Vital statistics of India. Vol. IV, Annual returns from 1871 to 1876. British Army of India, Native Army and jails of Bengal
Year: 1871
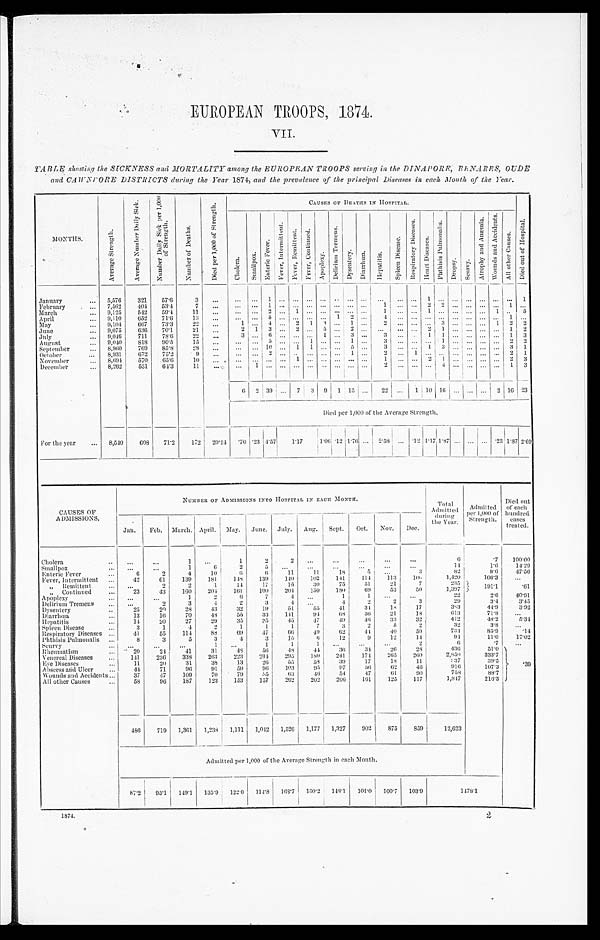
EUROPEAN TROOPS, 1874.
VII
TABLE showing the SICKNESS and MORTALITY among the EUROPEAN TROOPS serving in the DINAPORR, BENARES , OUDE
and CAWNPORE DISTRICTS during the Year 1874, and the prevalence of the principal Diseases in each, Month of the Year.
M O N T H S .
A v e r a g e S t r e n g t h .
A v e r a g e N u m b e r D a i l y S i c k .
N u m b e r D a i l y S i c k p e r 1 , 0 0 0 o f S t r e n g t h .
N u m b e r o f D e a t h s .
D i e d p e r 1 , 0 0 0 o f S t r e n g t h .
C A U S E S O F D E A T H S I N H O S P I T A L .
D i e d o u t o f H o s p i t a l .
C h o l e r a .
S m a l l p o x . E n t e r i c F e v e r .
F e v e r , I n t e r m i t t e n t .
F e v e r , R e m i t t e n t .
F e v e r , C o n t i n u e d .
A p o p l e x y .
D e l i r i u m T r e m e n s .
D y s e n t e r y .
D i a r r h œ a .
H e p a t i t i s .
S p l e e n D i s e a s e s .
R e s p i r a t o r y D i s e a s e s .
H e a r t D i s e a s e s .
P h t h i s i s P u l m o n a l i s .
Dropsy.
S c u r v y .
A t r o p h y a n d A n æ m i a . Wo u n d s a n d Ac c i d e n t s .
A l l o t h e r C a u s e s .
January . . .
5,576
321
57.6
3
. . .
. . .
. . .
1
. . .
. . .
. . .
. . .
. . .. . .
. . .
. . .
. . .
. . .
1
. . .
. . .
. . .
. . .. . .
. . .
1
February . . .
7,562
404
53.4
7
. . . . . .
. . .
1
. . .
. . .
. . .
. . .
. . .. . . . . .
1
. . .
. . .
2
2
. . .
. . .
. . .. . .
1
. . .
March . . .
9,125
542
59.4
11
. . . . . .
. . .
2
. . .
1
. . .
. . .
. . .. . . . . .
1
. . .
. . .
1
. . .
. . .
. . .
. . . 1 . . .
5
April . . .
9,110
652
71.6
13
. . . . . .
. . .
5
. . .
. . .
. . .
. . .
1 2
. . .
4
. . .
. . .
. . .
. . .
. . .
. . .
. . .. . .
1
. . .
May . . .
9,104
667
73.3
22
. . .
1
. . . 4
. . .
2
1
4
. . .
1 . . .
2
. . .
. . .
. . . 3
. . .
. . .
. . . 1
2
2
June . . .
9,075
636
70.1
21
. . .
2
1
3
. . .
2
. . .
5
. . .
2 . . .
. . .
. . .
. . .
2
1
. . .
. . .
. . .. . .
1
2
July . . .
9,046
711
78.6
2 2
. . .
3
. . .
6
. . .
. . .
. . .
1
. . .
3 . . .
3
. . .
. . .
1
1
. . .
. . .
. . .. . .
1
3
August . . .
9,040
818
90.5
15
. . .
. . .
. . .
5
. . .
. . . 1
. . .
. . . 1 . . .
3
. . .
. . .
. . .
1
. . .
. . .
. . .. . .
2
2
September . . .
8,960
769
85.8
28
. . .
. . .
. . .
1 0
. . .
1
1
. . .
. . .
5 . . .
3
. . .
. . .
1
3
. . .
. . .
. . . ... . .. 3
1
October . . .
8,931
672
75.2
9
. . .
. . .
. . . 2
. . .
. . .
. . .
. . .
. . . 1 . . .
2
. . .
1
. . .
. . .
. . .
. . .
. . . . . .
2
1
November . . .
8,694
570
65.6
10
. . .
. . .
. . .
. . .
. . . 1
. . .
. . .
. . . . . . . . .
1
. . .
. . .
2
1
. . .
. . .
. . . . . .
2
3
December . . .
8,262
531
64.3
1 1
. . .
. . .
1
. . .
. . .
. . .
. . .
. . .
. . .
. . . . . .
2
. . .
. . .
. . . 4
. . .
. . .
. . .. . .
1
3
6
2
3 9
. . . 7
3 9
1 15 . . .
22
. . .
1 10
1 6
. . . . . . . . .
2 16 23
Died per 1,000 of the Average Strength.
For the year . . .
8,540
608
71.2
172
20.14 .70 .23 4.57
1.17
1 . 0 6
.12
1. 76
. . .
2 . 5 8
. . .
. 1 2
1.17 1.87
. . . . . . . . . .23 1.87
2.69
CAUSES OF
ADMISSIONS.
NUMIlER OF ADMISSIONS INTO HOSPITAL IN EACH MONTH.
T o t a l A d m i t t e d
d u r i n g t h e Y e a r .
Admitted
p e r 1 , 0 0 0 o f S t r e n g t h .
D i e d o u t o f e a c h h u n d r e d c a s e s . t r e a t e d .
Jan.
Feb.
March. April.
May.
June.
July.
Aug.
Sept.
Oct.
Nov.
Dee.
Cholera . . .
. . .
. . .
1
. . .
1
2
2
. . .
. . .
. . .
. . .
. . .
6
.7
100.00
Smallpox . . .
. . .
. . .
1
6
2
5
. . .
. . .
. . .
. . .
. . .
. . .
14
1.6
14.29
Enteric Fever . . .
6
2
4
10
6
6
11
11
1 8
5
. . .
3
82
9.6
47.56
Fever, Intermittent . . .
42
61
139
181
148
139
140
102
141
114
113
100
1,420
166.3
. . .
„" Remittent . . .
. . .
2
2
1
14
17
15
30
75
51
21
7
235
191.1
.61
Continued . . .
23
43
160
204
161
100
204
150
180
69
53
50
1,397
Apoplexy . . .
. . .
. . .
]
2
6
7
4
. . .
1
1
. . .
. . .
22
2.6
40.91
Delirium Tremens . . .
. . .
2
3
4
2
3
4
. . .
4
2
2
:3
29
3.4
3.45
Dysentery . . .
25
20
28
43
32
19
51
55
41
34
18
17
383
44.9
3.92
Diarrhœa. . .
13
1 6
70
48
55
33
141
9 4
68
36
21
18
613
71.8
. . .
Hepatitis . . .
14
20
27 2 7
29
35
35
45
47
4 9
46
33
32
412
48.2
5.34
Spleen Disease . . .
3
1
4
2
1
1
1
7
3
2
5
2
32
3.8
. . .
Respiratory Diseases . . .
41
55
114
88
69
47
6 6
4 9
62
4 4
40
59
734
85.9
.14
Phthisis Puhuonalis . . .
8
3
5
3
4
3
15
6
12
9
12
14.
94
11.0
17.02
Scurvy . . .
. . .
. . .
. . .
1
. . .
1
1
1
. . .
. . .
. . .
2
6
.7
. . .
Rheumatism . . .
20
24
41
31
48
56
48
44
36
34
26
28
436
51.0
.39
Venereal Diseases . . .
141
236
338
263
223
234
295
180
241
174
265
260
2,850
333.7
Eye Diseases . . .
1 1
20
31
38
13
26
55
58
39
17
18
11
237
39.5
Abscess and Ulcer . . .
44
71
9 6
91
59
96
103
95
97
5 6
62
46
916
107.3
Wounds and Accidents . . .
37
47
109
70
79
5.5
63
.46
54
47
61
90
758
88.7
All other Causes . . .
58
96
187
123
153
157
262
202
206
161
125
117
1,847
216.3
486
719
1,361
1,238
1,111
1,042
1,526
1,177
1,327
902
875
859
12,623
Admitted per 1,000 of the Average Strength in each Month.
87'2
95.1
149.1
135.9
122.0
114.8
168.'7
130.2
148.1
101.0
100.7
103.9
1478.1
1874.